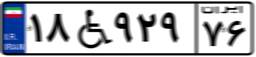
۸۵W۶۶۰۲۵